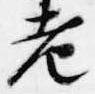
老